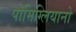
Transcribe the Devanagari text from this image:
पोमिग्लियानो